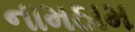
નામઠામ